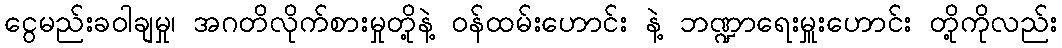
ငွေမည်းခဝါချမှု၊ အဂတိလိုက်စားမှုတို့နဲ့ ဝန်ထမ်းဟောင်း နဲ့ ဘဏ္ဍာရေးမှူးဟောင်း တို့ကိုလည်း